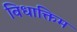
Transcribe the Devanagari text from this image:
विधाक्तिम